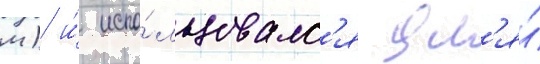
м) и́ испо́льзовалс'я дл'я́